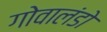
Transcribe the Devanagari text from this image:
गोवालंडो